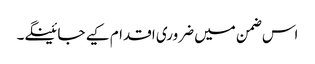
اس ضمن میں ضروری اقدام کیے جائینگے۔